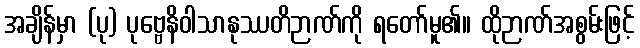
အချိန်မှာ (ပု) ပုဗ္ဗေနိဝါသာနုဿတိဉာဏ်ကို ရတော်မူ၏။ ထိုဉာဏ်အစွမ်းဖြင့်